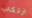
ارتكاب